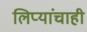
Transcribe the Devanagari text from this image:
लिप्यांचाही